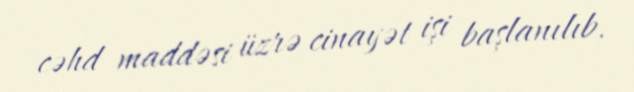
cəhd maddəsi üzrə cinayət işi başlanılıb.